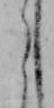
う